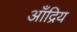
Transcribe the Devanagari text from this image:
आँद्रिय